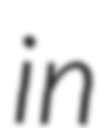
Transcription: in